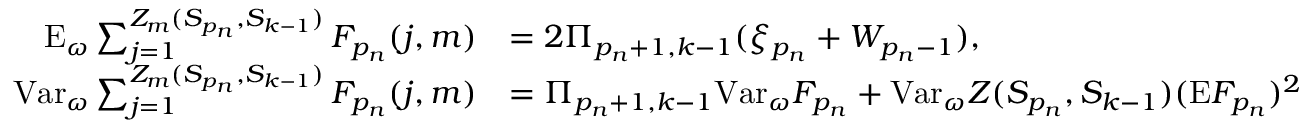
\begin{array} { r l } { \mathrm { E } _ { \omega } \sum _ { j = 1 } ^ { Z _ { m } ( S _ { p _ { n } } , S _ { k - 1 } ) } F _ { p _ { n } } ( j , m ) } & { = 2 \Pi _ { p _ { n } + 1 , k - 1 } ( \xi _ { p _ { n } } + W _ { p _ { n } - 1 } ) , } \\ { \mathrm { V a r } _ { \omega } \sum _ { j = 1 } ^ { Z _ { m } ( S _ { p _ { n } } , S _ { k - 1 } ) } F _ { p _ { n } } ( j , m ) } & { = \Pi _ { p _ { n } + 1 , k - 1 } \mathrm { V a r } _ { \omega } F _ { p _ { n } } + \mathrm { V a r } _ { \omega } Z ( S _ { p _ { n } } , S _ { k - 1 } ) ( \mathrm { E } F _ { p _ { n } } ) ^ { 2 } } \end{array}